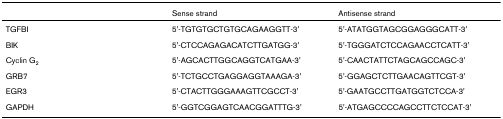
<table><thead><tr><td></td><td><b>Sense strand</b></td><td><b>Antisense strand</b></td></tr></thead><tbody><tr><td>TGFBI</td><td>5&#x27;-TGTGTGCTGTGCAGAAGGTT-3&#x27;</td><td>5&#x27;-ATATGGTAGCGGAGGGCATT-3&#x27;</td></tr><tr><td>BIK</td><td>5&#x27;-CTCCAGAGACATCTTGATGG-3&#x27;</td><td>5&#x27;-TGGGATCTCCAGAACCTCATT-3&#x27;</td></tr><tr><td>Cyclin G<sub>2</sub></td><td>5&#x27;-AGCACTTGGCAGGTCATGAA-3&#x27;</td><td>5&#x27;-CAACTATTCTAGCAGCCAGC-3&#x27;</td></tr><tr><td>GRB7</td><td>5&#x27;-TCTGCCTGAGGAGGTAAAGA-3&#x27;</td><td>5&#x27;-GGAGCTCTTGAACAGTTCGT-3&#x27;</td></tr><tr><td>EGR3</td><td>5&#x27;-CTACTTGGGAAAGTTCGCCT-3&#x27;</td><td>5&#x27;-GAATGCCTTGATGGTCTCCA-3&#x27;</td></tr><tr><td>GAPDH</td><td>5&#x27;-GGTCGGAGTCAACGGATTTG-3&#x27;</td><td>5&#x27;-ATGAGCCCCAGCCTTCTCCAT-3&#x27;</td></tr></tbody></table>